Riigikantselei, lk 94
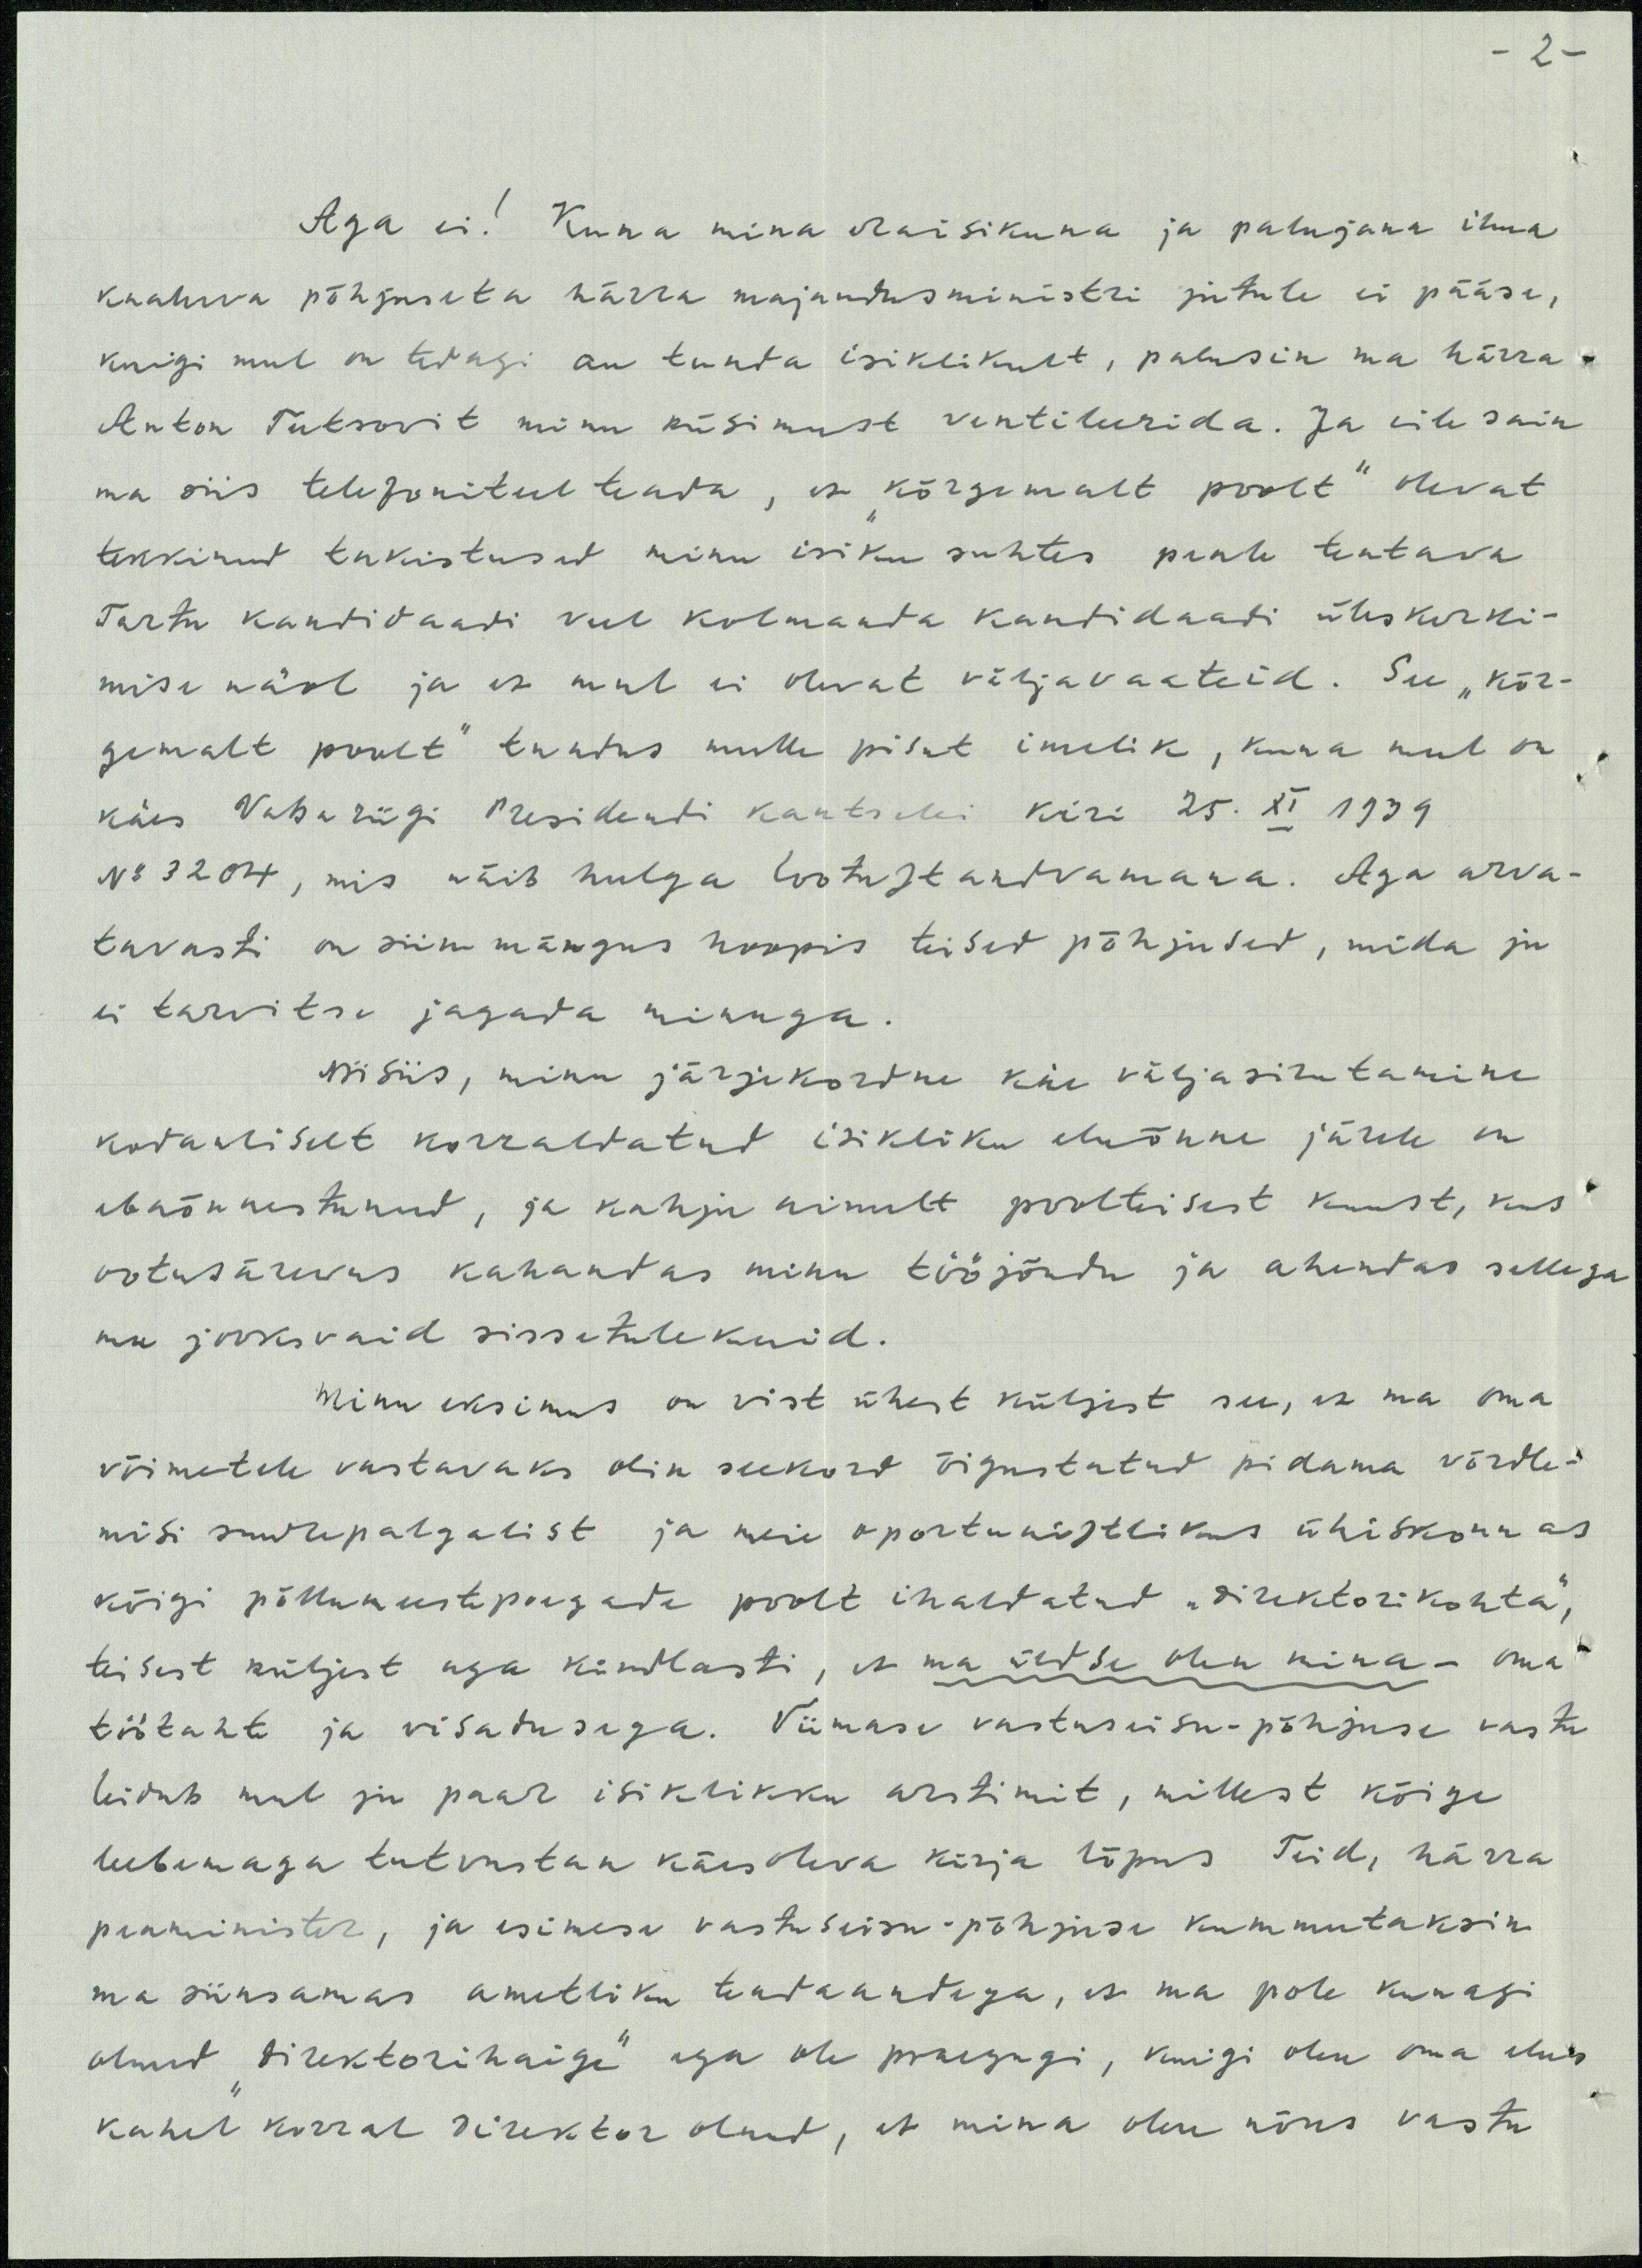
-2-
Aga ei! Kuna mina eraisikuna ja palujana ilma
kaaluva põhjuseta härra majandusministri jutule ei pääse,
kuigi mul on tedagi au tunda isiklikult, palusin ma härra
Anton Teetsovit minu küsimust ventileerida. Ja eile sain
ma siis telefoniteel teada, et kõrgemalt poolt" Olevat
tekkinud takistused minu isiku suhtes peale tuntava
Tartu kandidaadi veel kolmanda kantidaadi üleskerki-
mise näol ja et mul ei olevat väljavaateid. See "kõr-
gemalt poolt" tundus mulle pisut imelik, kuna mul on
käes Vabariigi Presidendi kantsleri kiri 25. XI 1939
No 3204, mis näib hulga lootustandvamana. Aga arva-
tavasti on siin mängus hoopis teised põhjused, mida ju
ei tarvitse jagada minuga.
Niisiis, minu järjekordne käe väljasirutamine
kodanliselt korraldatud isikliku eluõnne järele on
ebaõnnestunud, ja kahju nimelt poolteisest kuust, kus
ootusärevus kahandas minu tööjõudu ja ahendas sellega
mu jooksvaid sissetulekuid.
Minu eksimus on vist ühest küljest see, et ma oma
võimetele vastavaks olin seekord õigustatud pidama võrdle-
misi suurepalgalist ja meie oportunistliku ühiskonnas
kõigi põllumeestepoegade poolt ihaldatud "direktorikohta",
teisest küljest aga kindlasti, et ma üldse olen mina- oma
töötahte ja visadusega. Viimase vastuseisu-põhjuse vastu
leidub mul ju paar isiklikku arstimit, millest kõige
leebemaga tutvustan käesoleva kirja lõpus Teid, härra
peaminister, ja esimese vastuseisu - põhjuse kummutaksin
ma siinsamas ametliku teadaandega, et ma pole kunagi
olnud "direktorihaige" ega ole praegugi, kuigi olen oma elus
kahel korral direktor olnud, et mina olen nõus vastu